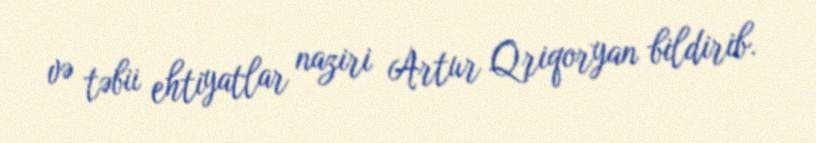
və təbii ehtiyatlar naziri Artur Qriqoryan bildirib.